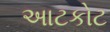
અાટકોટ